Lunatic asylums Punjab 1895-1910 - 1895-1910
Year: 1895
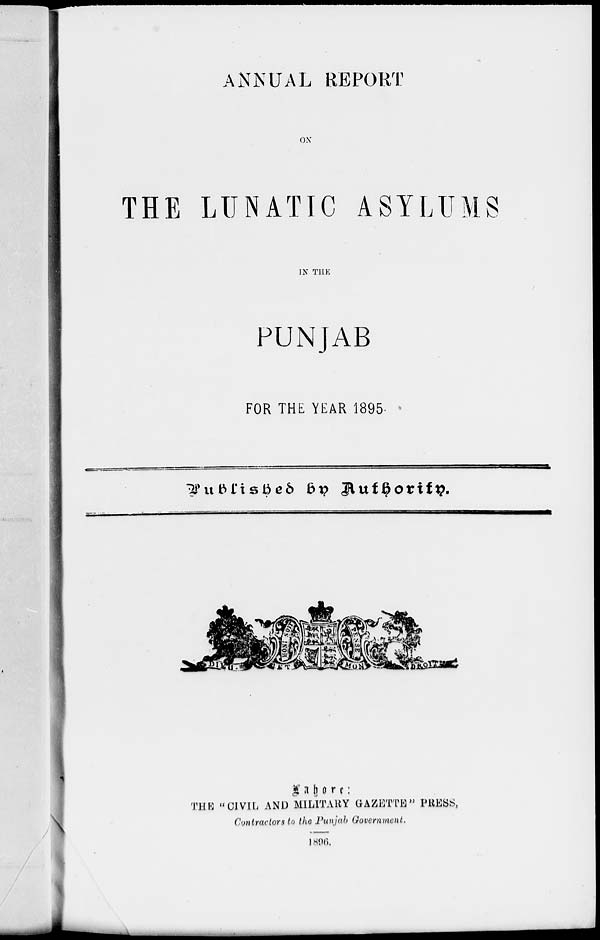
ANNUAL REPORT
ON
THE LUNATIC ASYLUMS
IN THE
PUNJAB
FOR THE YEAR 1895.
Published
by
Authority.
Lahore:
THE "CIVIL AND MILITARY GAZETTE" PRESS,
Contractors to the Punjab Government.
1896.